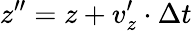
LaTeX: z^{\prime\prime}=z+v_{z}^{\prime}\cdot\Delta t